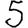
Digit: 5